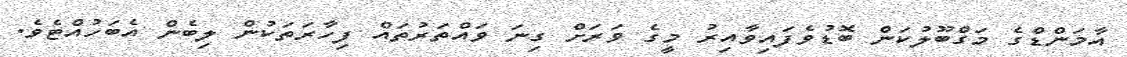
އާމަންޑްގެ މަގްބޫލުކަން ބޮޑުވެފައިވާއިރު މީގެ ވަރަށް ގިނަ ވައްތަރުތައް ފިހާރަތަކުން ލިބެން އެބަހުއްޓެވެ.